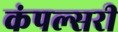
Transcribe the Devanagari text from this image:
कंपल्सरी